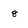
Character: 8